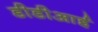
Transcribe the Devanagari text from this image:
डीडीआई